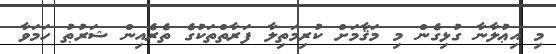
މި އިޢުލާނާ ގުޅިގެން މި މަޤާމަށް ކުރިމަތިލާ ފަރާތްތަކުގެ ތެރެއިން ޝަރުޠު ހަމަވާ